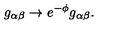
g _ { \alpha \beta } \rightarrow e ^ { - \phi } g _ { \alpha \beta } .